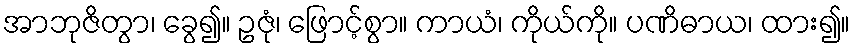
အာဘုဇိတွာ၊ ခွေ၍။ ဥဇုံ၊ ဖြောင့်စွာ။ ကာယံ၊ ကိုယ်ကို။ ပဏိဓာယ၊ ထား၍။